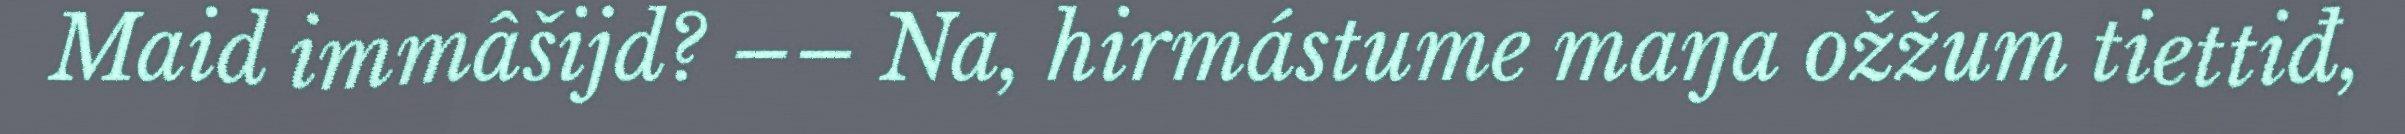
Maid immâšijd? –– Na, hirmástume maŋa ožžum tiettiđ,